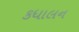
કધાલન